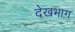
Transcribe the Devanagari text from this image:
देखभाग